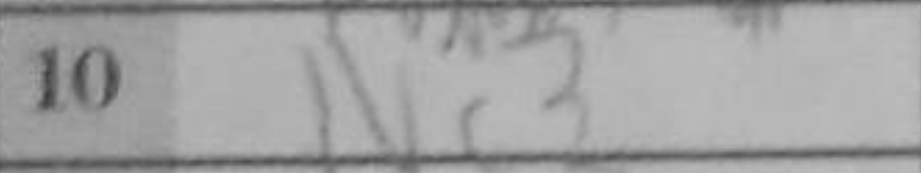
Transcription: Nc3